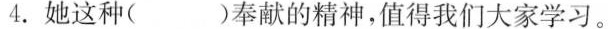
4.她这种( )奉献的精神，值得我们大家学习。